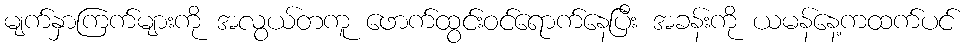
မျက်နှာကြက်များကို အလွယ်တကူ ဖောက်ထွင်းဝင်ရောက်နေပြီး အခန်းကို ယမန်နေ့ကထက်ပင်